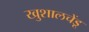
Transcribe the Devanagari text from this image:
खुशालचेंडू